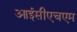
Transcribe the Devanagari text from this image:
आईसीएचएम